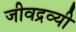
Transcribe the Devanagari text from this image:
जीवद्रव्यी